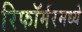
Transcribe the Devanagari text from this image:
रिफॉर्मरमध्ये